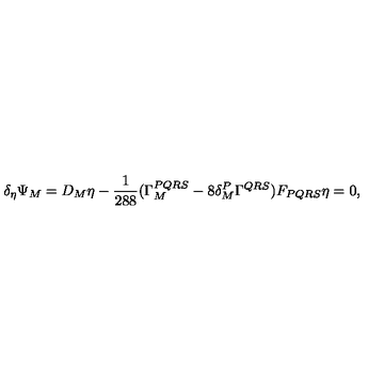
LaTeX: \delta _ { \eta } \Psi _ { M } = D _ { M } \eta - \frac { 1 } { 2 8 8 } ( \Gamma _ { M } ^ { P Q R S } - 8 \delta _ { M } ^ { P } \Gamma ^ { Q R S } ) F _ { P Q R S } \eta = 0 ,